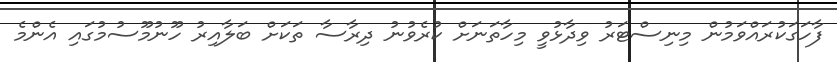
ފާހަގަކުރައްވަމުން މިނިސްޓަރު ވިދާޅުވީ މިހާތަނަށް ކުރެވުނު ދިރާސާ ތަކަށް ބަލާއިރު ހޫނުމޫސުމުގައި އެންމެ